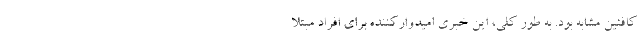
کافئین مشابه بود. به طور کلی، این خبری امیدوارکننده برای افراد مبتلا